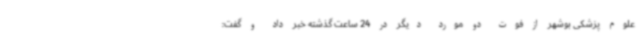
علوم پزشکی بوشهر از فوت دو مورد دیگر در 24 ساعت گذشته خبر داد و گفت: